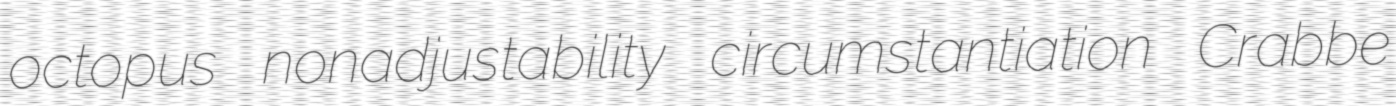
octopus nonadjustability circumstantiation Crabbe